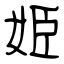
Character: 姫